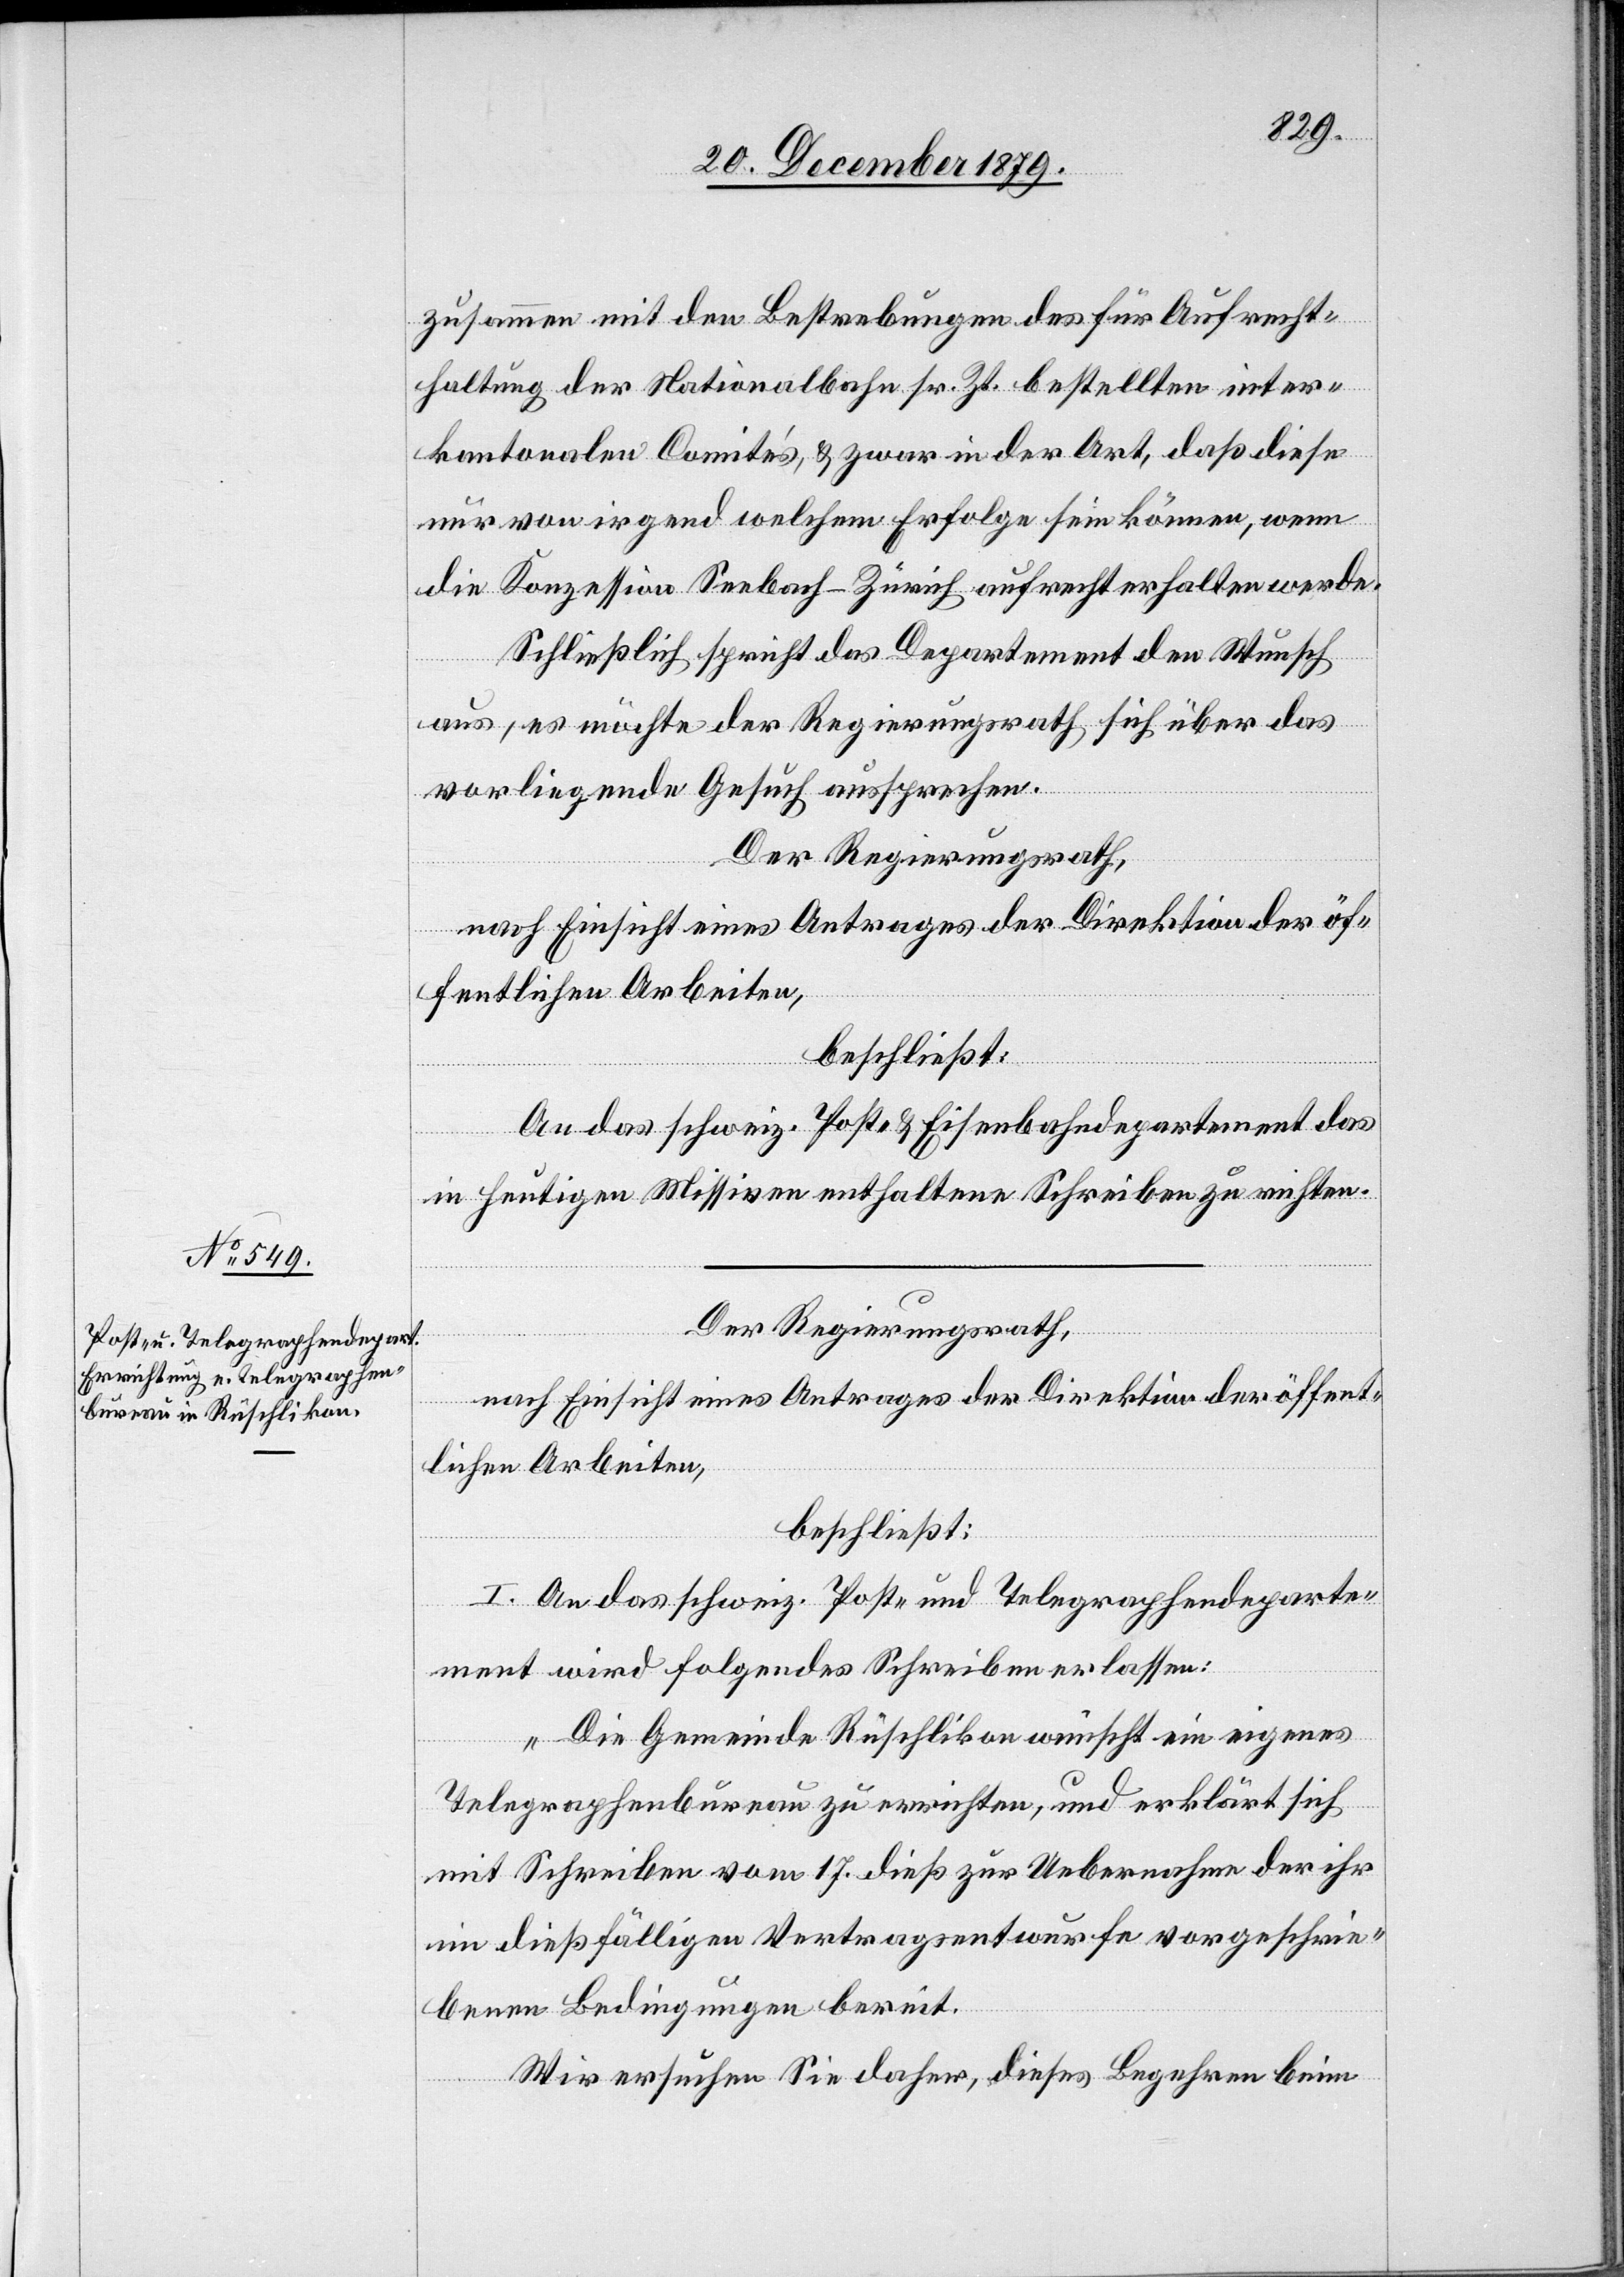
zusammen mit den Bestrebungen des für Aufrecht¬
haltung der Nationalbahn sr. Zt. bestellten inter¬
kantonalen Comités, & zwar in der Art, daß diese
nur von irgend welchem Erfolge sein können, wenn
die Konzession Seebach–Zürich aufrecht erhalten werde.
Schließlich spricht das Departement den Wunsch
aus, es möchte der Regierungsrath sich über das
vorliegende Gesuch aussprechen.
Der Regierungsrath,
nach Einsicht eines Antrages der Direktion der öf¬
fentlichen Arbeiten,
beschließt:
An das schweiz. Post- & Eisenbahndepartement das
in heutigen Missiven liegende Schreiben zu richten.
Der Regierungsrath,
nach Einsicht eines Antrages der Direktion der öffent¬
lichen Arbeiten,
beschließt:
I. An das schweiz. Post- und Telegraphendeparte¬
ment wird folgendes Schreiben erlassen:
„Die Gemeinde Rüschlikon wünscht ein eigenes
Telegraphenbureau zu errichten, und erklärt sich
mit Schreiben vom 17. dieß zur Uebernahme der ihr
im dießfälligen Vertragsentwurfe vorgeschrie¬
benen Bedingungen bereit.
Wir ersuchen Sie daher, dieses Begehren beim